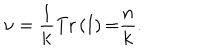
LaTeX: \mathrm { \ n u } = \frac { 1 } { \mathrm { k } } \mathrm { T r } \left( \mathbf { I } \right) \mathrm { = } \frac { n } { \mathrm { k } } .